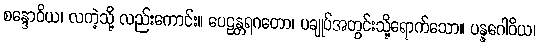
စန္ဒောဝိယ၊ လကဲ့သို့ လည်းကောင်း။ ပေဠန္တရဂတော၊ ပချုပ်အတွင်းသို့ရောက်သော။ ပန္နဂေါဝိယ၊